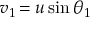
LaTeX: v _ { 1 \! } = u \sin \theta _ { 1 }